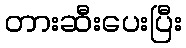
တားဆီးပေးပြီး